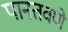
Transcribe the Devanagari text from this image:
पानतवणे